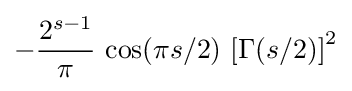
-{\frac {2^{s-1}}{\pi }}\,\cos(\pi s/2)\,\left[\Gamma (s/2)\right]^{2}